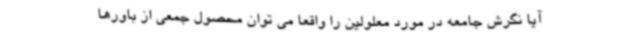
آیا نگرش جامعه در مورد معلولین را واقعا می توان محصول جمعی از باورها